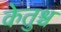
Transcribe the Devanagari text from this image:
केतुश्च